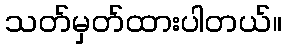
သတ်မှတ်ထားပါတယ်။